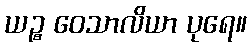
ယဉ္စ ဝေသာလိယာ ပုရေ။